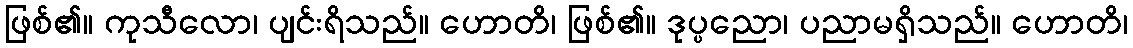
ဖြစ်၏။ ကုသီလော၊ ပျင်းရိသည်။ ဟောတိ၊ ဖြစ်၏။ ဒုပ္ပညော၊ ပညာမရှိသည်။ ဟောတိ၊